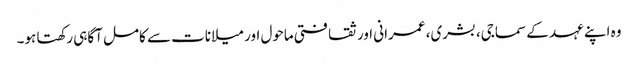
وہ اپنے عہد کے سماجی، بشری، عمرانی اور ثقافتی ماحول اور میلانات سے کامل آگاہی رکھتا ہو۔